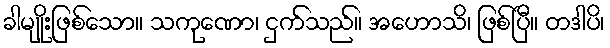
ခါမျိုးဖြစ်သော။ သကုဏော၊ ငှက်သည်။ အဟောသိ၊ ဖြစ်ပြီ။ တဒါပိ၊